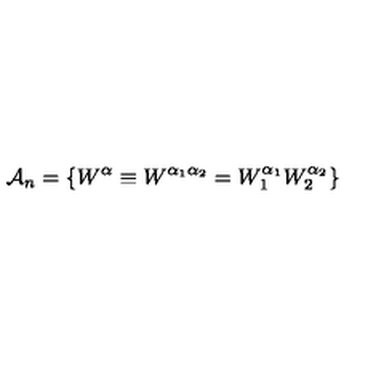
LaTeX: { \bf \cal A } _ { n } = \left\{ W ^ { \alpha } \equiv W ^ { \alpha _ { 1 } \alpha _ { 2 } } = W _ { 1 } ^ { \alpha _ { 1 } } W _ { 2 } ^ { \alpha _ { 2 } } \right\}